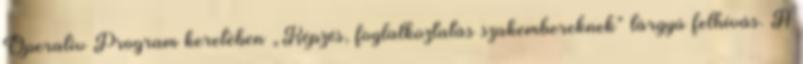
Operatív Program keretében „Képzés, foglalkoztatás szakembereknek” tárgyú felhívás. A